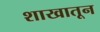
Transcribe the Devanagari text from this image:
शाखातून